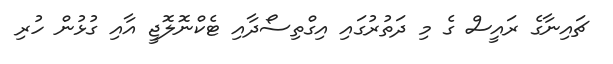
ޗައިނާގެ ރައީސް ގެ މި ދަތުރުގައި އިގްތިސޯދާއި ޓެކްނޮލޮޖީ އާއި ގުޅުން ހުރި